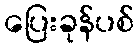
ပြေးခုန်ပစ်